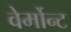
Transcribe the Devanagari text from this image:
वेर्मोन्ट